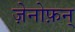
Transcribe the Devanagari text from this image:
ज़ेनोफ़न्